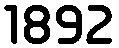
1892